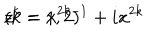
z ^ { k } = x ^ { 2 k - 1 } + i x ^ { 2 k } \hspace { 1 c m } ( k = 1 , 2 )